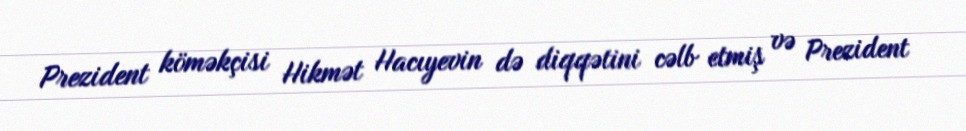
Prezident köməkçisi Hikmət Hacıyevin də diqqətini cəlb etmiş və Prezident